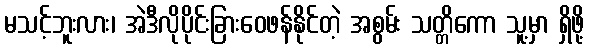
မသင့်ဘူးလား၊ အဲဒီလိုပိုင်းခြားဝေဖန်နိုင်တဲ့ အစွမ်း သတ္တိကော သူ့မှာ ရှိဖို့